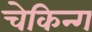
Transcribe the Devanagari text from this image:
चेकिन्ग